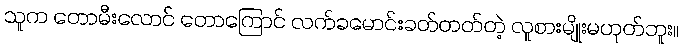
သူက တောမီးလောင် တောကြောင် လက်ခမောင်းခတ်တတ်တဲ့ လူစားမျိုးမဟုတ်ဘူး။